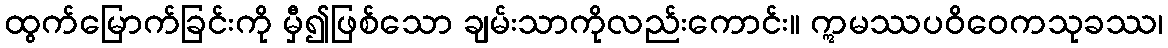
ထွက်မြောက်ခြင်းကို မှီ၍ဖြစ်သော ချမ်းသာကိုလည်းကောင်း။ ဣမဿပဝိဝေကသုခဿ၊